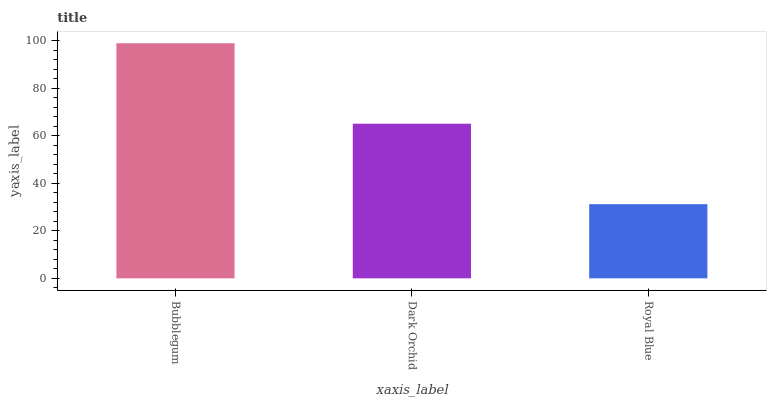
| xaxis_label | bars |
 | --- | --- |
 | Bubblegum | 99 |
 | Dark Orchid | 65.1 |
 | Royal Blue | 31.2 |